Problem: 40 + 48 = ?
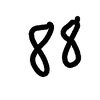
Handwritten answer: 88